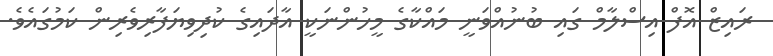
ރައިޒް އޮފް އިސްލާމް ގައި ބުނުއްވަނީ މައްކާގެ މީހުންނަކީ އާދައިގެ ކުދިވިޔަފާރިވެރިން ކަމުގައެވެ.